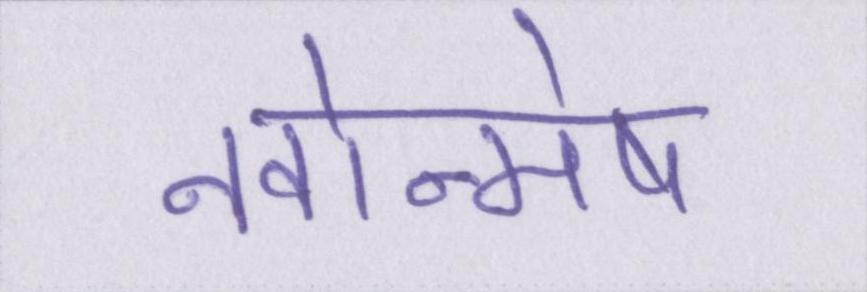
नवोन्मेष